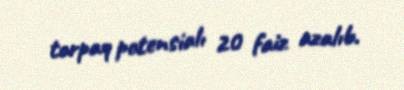
torpaq potensialı 20 faiz azalıb.